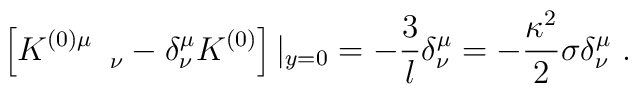
\left[ K^{(0)\mu}_{\quad\quad\nu}    - \delta^\mu_\nu K^{(0)} \right] |_{y=0}    = -{3 \over l} \delta^\mu_\nu    = - {\kappa^2 \over 2} \sigma \delta^\mu_\nu  \ .